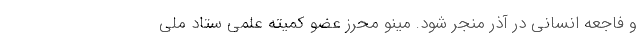
و فاجعه انسانی در آذر منجر شود. مینو محرز عضو کمیته علمی ستاد ملی